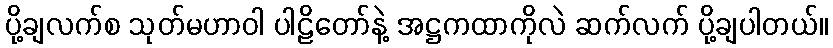
ပို့ချလက်စ သုတ်မဟာဝါ ပါဠိတော်နဲ့ အဋ္ဌကထာကိုလဲ ဆက်လက် ပို့ချပါတယ်။